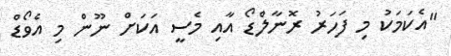
"އެކަމަކު މި ފަހަރު ރޮނާލްޑޯ އާއި މެސީ އަކަށް ނޫން މި އެވޯޑް